NAE_ERA_R-30_Eesti_Riiklik_Spordiamet, lk 59
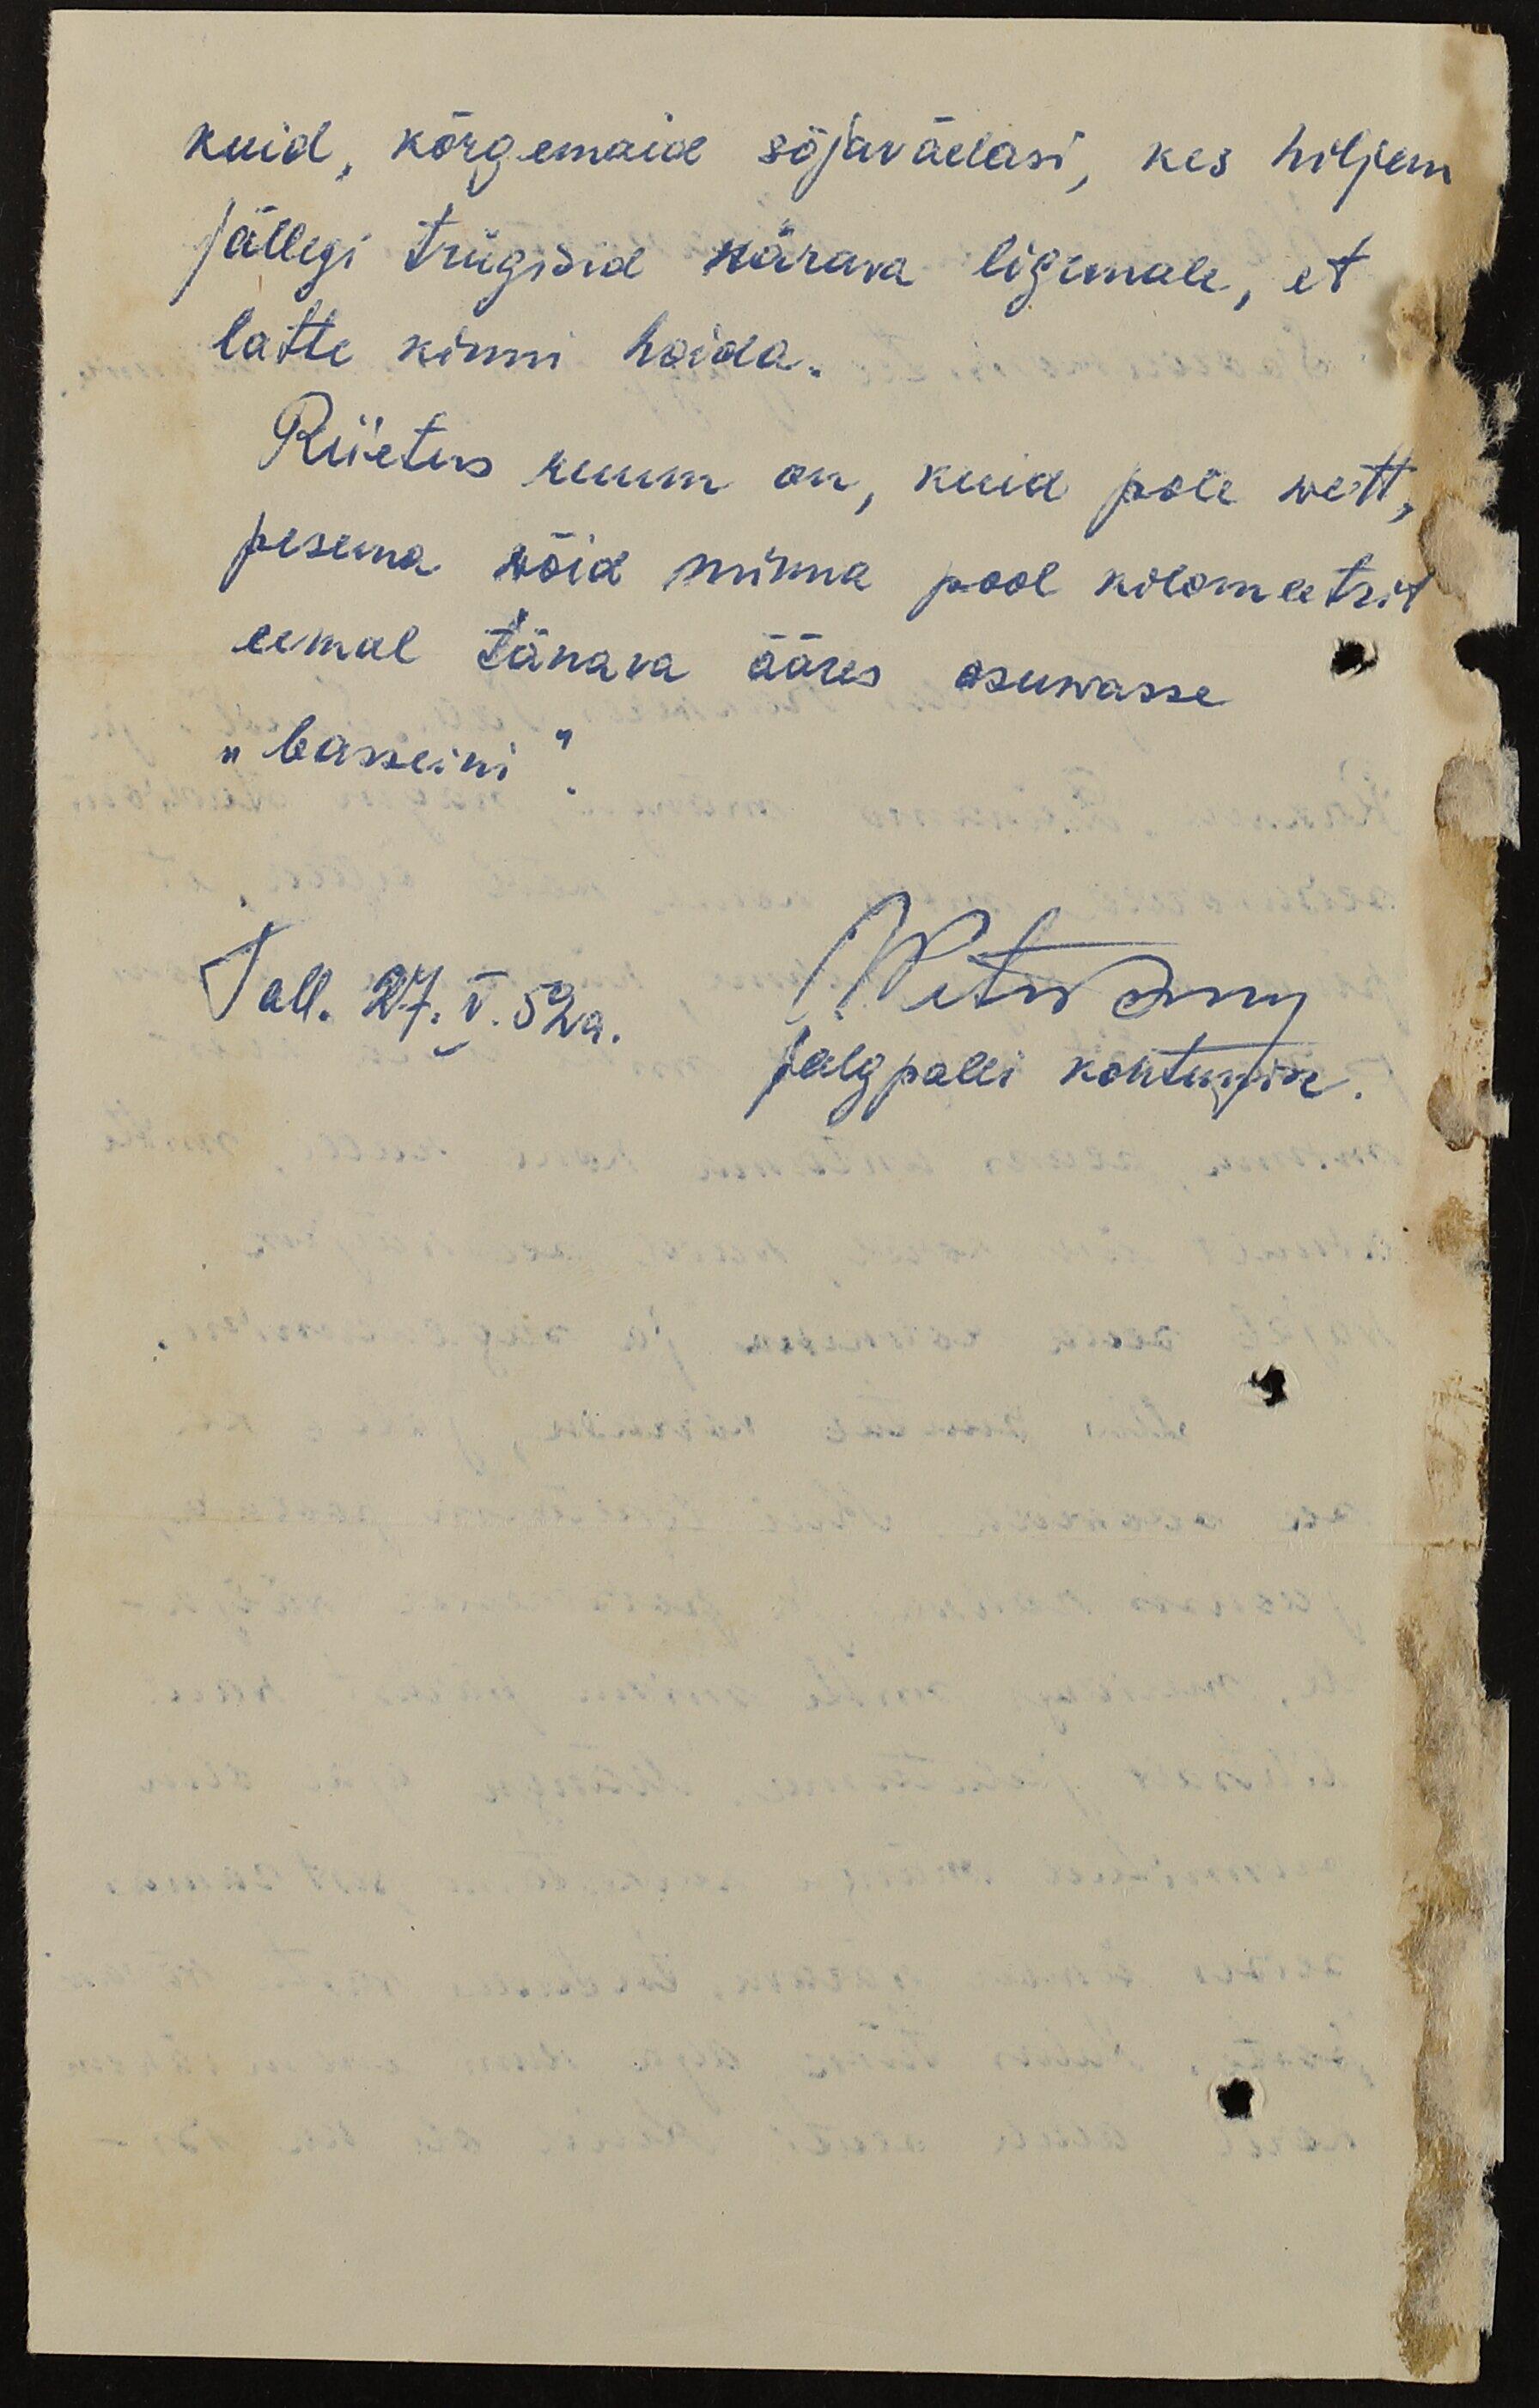
kuid, kõrgemaid sõjaväelasi, kes hiljem
jällegi trügisid wärava ligemale, et
latte kinni hoida.
Riietus ruum on, kuid pole wett,
pesema wõid minna pool kilomeetrit
eemal tänava ääres asuwasse
"basseini"
Tall. 27. V. 52a.
Jalgpalli kohtunik.